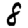
Digit: 8